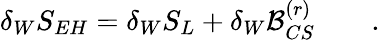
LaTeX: \delta_{W}S_{EH}=\delta_{W}S_{L}+\delta_{W}{\cal B}_{CS}^{(r)}\qquad.